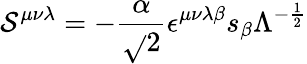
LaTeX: \mathcal{S}^{{\mu}{\nu}{\lambda}}=-\frac{{\alpha}}{{\sqrt{}{{2}}}}{\epsilon}^{{\mu}{\nu}{\lambda}{\beta}}s_{\beta}{\Lambda}^{-\frac{{1}}{{2}}}